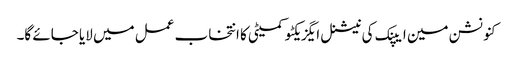
کنونشن مین ایپنک کی نیشنل ایگزیکٹو کمیٹی کا انتخاب عمل میں لایا جائے گا۔